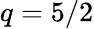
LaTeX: q=5/2